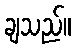
ချသည်။